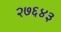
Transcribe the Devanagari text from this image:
२७६४३